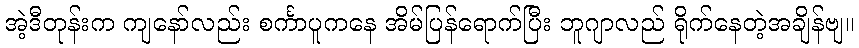
အဲ့ဒီတုန်းက ကျနော်လည်း စင်္ကာပူကနေ အိမ်ပြန်ရောက်ပြီး ဘူဂျာလည် ရိုက်နေတဲ့အချိန်ဗျ။